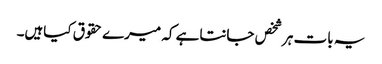
یہ بات ہرشخص جانتاہے کہ میرے حقوق کیاہیں۔